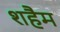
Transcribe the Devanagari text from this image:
शहैम